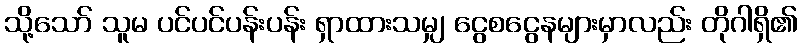
သို့သော် သူမ ပင်ပင်ပန်းပန်း ရှာထားသမျှ ငွေစငွေနများမှာလည်း တိုဂါရှိ၏